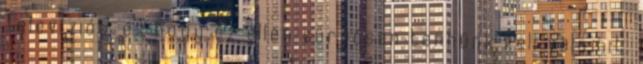
Televíziót, és hogy ez ellen sürgősen tennünk kell va­lamit.